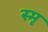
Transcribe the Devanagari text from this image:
स्मृ